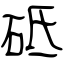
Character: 砥